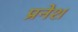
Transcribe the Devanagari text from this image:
प्रनेश